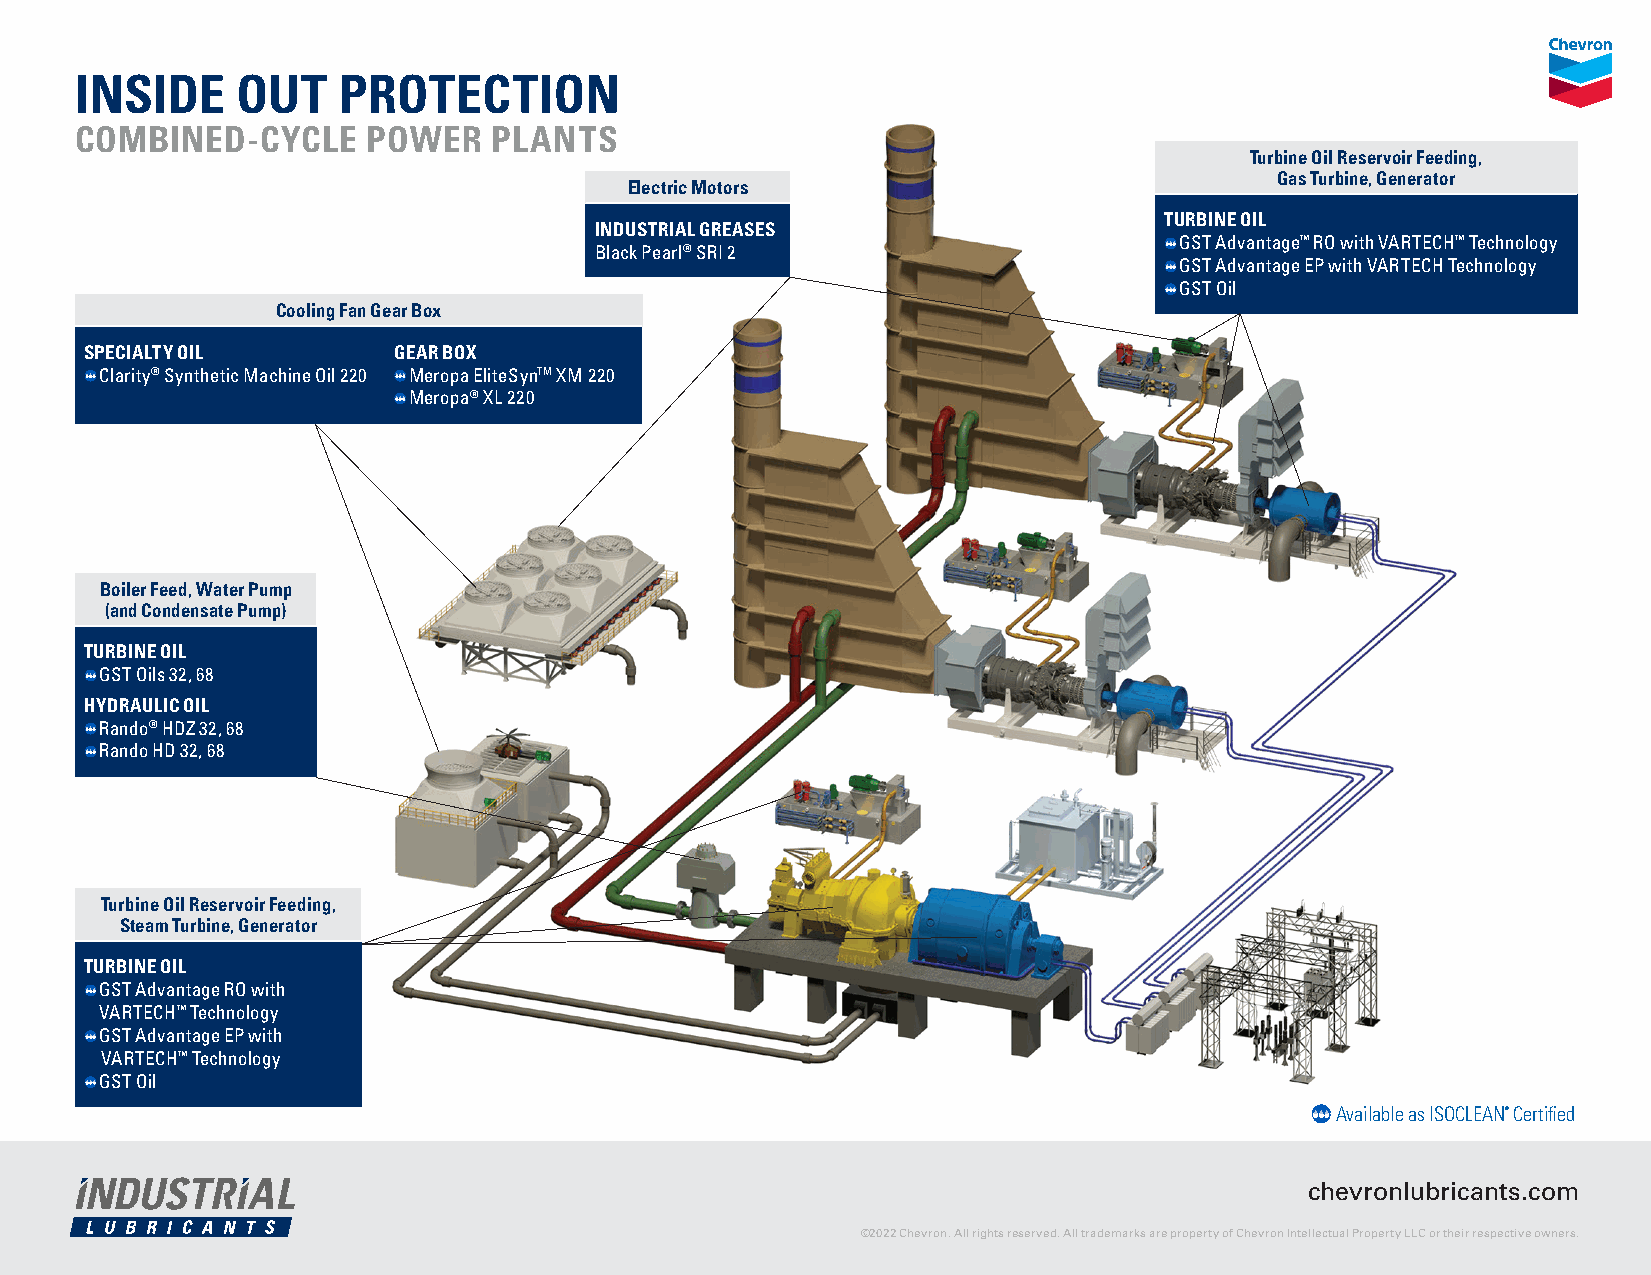
INSIDE     OUT   PROTECTION
 COMBINED-CYCLE     POWER    PLANTS
 Turbine Oil Reservoir Feeding,
 Gas Turbine, Generator
 Electric Motors
 TURBINE OIL
 INDUSTRIAL GREASES
 GST Advantage™ RO with VARTECH™ Technology
 Black Pearl® SRI 2
 GST Advantage EP with VARTECH Technology
 GST Oil
 Cooling Fan Gear Box
 SPECIALTY OIL       GEAR BOX
 Clarity® Synthetic Machine Oil 220 Meropa EliteSynTM XM 220
 Meropa® XL 220
 Boiler Feed, Water Pump
 (and Condensate Pump)
 TURBINE OIL
 GST Oils 32, 68
 HYDRAULIC OIL
 Rando® HDZ 32, 68
 Rando HD 32, 68
 Turbine Oil Reservoir Feeding,
 Steam Turbine, Generator
 TURBINE OIL
 GST Advantage RO with
 VARTECH™ Technology
 GST Advantage EP with
 VARTECH™ Technology
 GST Oil
 Available as ISOCLEAN® Certified
 chevronlubricants.com
 ©2022 Chevron. All rights reserved. All trademarks are property of Chevron Intellectual Property LLC or their respective owners.